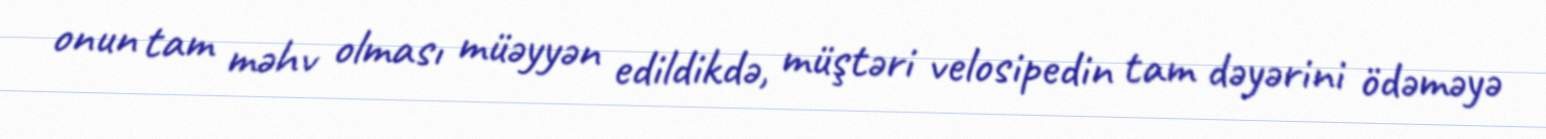
onun tam məhv olması müəyyən edildikdə, müştəri velosipedin tam dəyərini ödəməyə